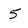
Character: 5